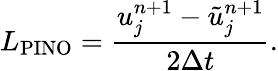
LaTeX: L_{\mathrm{PINO}}=\frac{u_{j}^{n+1}-\tilde{u}_{j}^{n+1}}{2\Delta t}.